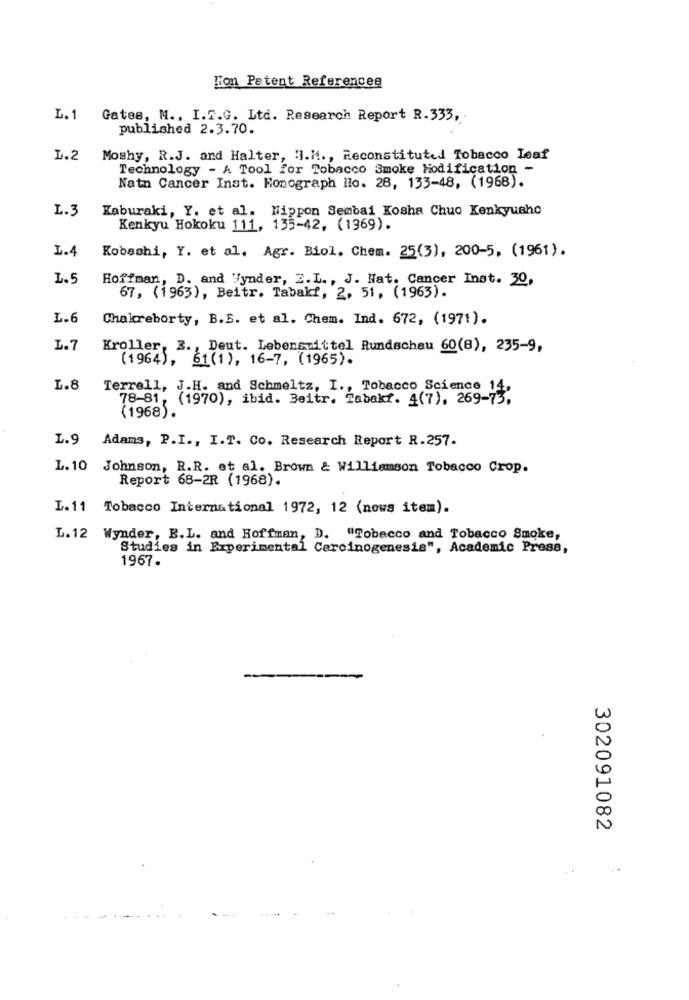
Con Patent References
L.1 Gates, M ., I.E.G. Ltd. Research Report R. 333,
published 2.3.70.
L.2 Moshy, R.J. and Halter, H.M ., Reconstituted Tobacco Leaf
Technology - A Tool for Tobacco Smoke Modification -
Nath Cancer Inat. Honograph llo. 28, 133-48, (1968).
L.3
Kaburaki, Y. et al. Nippon Sembai Kosha Chuo Kenkyusho
Kenkyu Hokoku 111, 135-42, (1969).
L.4
Kobashi, Y. et al. Agr. Biol. Chem. 25(3), 200-5, (1961).
L.5
Hoffman, D. and Fynder, 2. L ., J. Nat. Cancer Inst. 30,
67, (1963), Beitr. Tabakf, 2, 51, (1963).
L.6
Chakreborty, B.S. et al. Chem. Ind. 672, (1971).
L.7
Kroller, 3 ., Deut. Lebensmittel Rundschau 60(8), 235-9,
(1964), 61(1), 16-7, (1965).
L.8
Terrell, J.H. and Schmeltz, I ., Tobacco Science
78-81, (1970), ibid. Beitr. Tabaki. 4(7), 269-73.
(1968).
L.9 Adams, P.I ., I.T. Co. Research Report R.257.
L. 10 Johnson, R.R. et al. Brown & Williamson Tobacco Crop.
Report 68-2R (1968).
L.11 Tobacco International 1972, 12 (news item).
L. 12 Wynder, E.L. and Hoffman, D. "Tobacco and Tobacco Smoke,
Studies in Experimental Carcinogenesis", Academic Press,
1967.
302091082